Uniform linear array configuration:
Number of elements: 32
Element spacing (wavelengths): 0.5
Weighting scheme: blackman
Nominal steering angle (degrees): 0
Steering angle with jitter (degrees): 1.443
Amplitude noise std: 0.05
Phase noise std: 0.05

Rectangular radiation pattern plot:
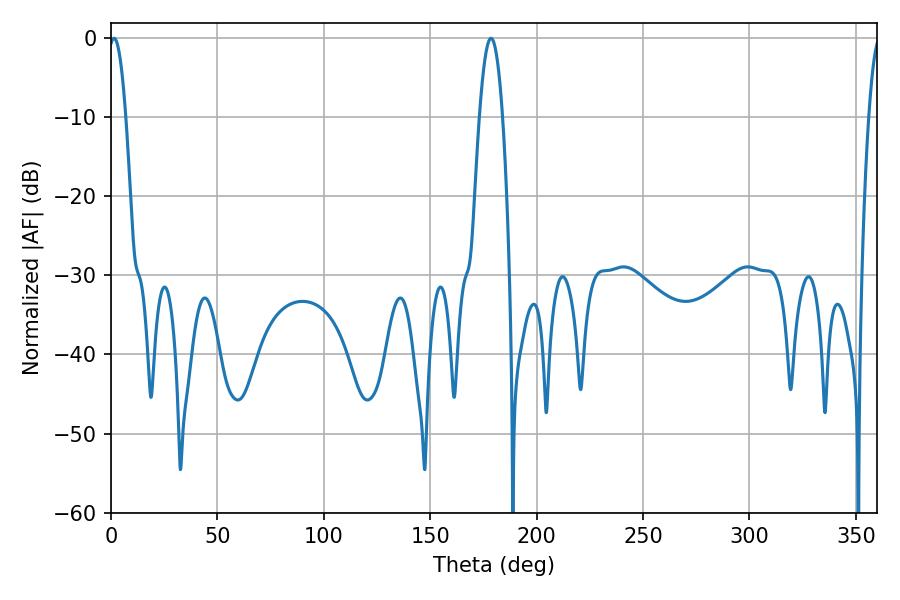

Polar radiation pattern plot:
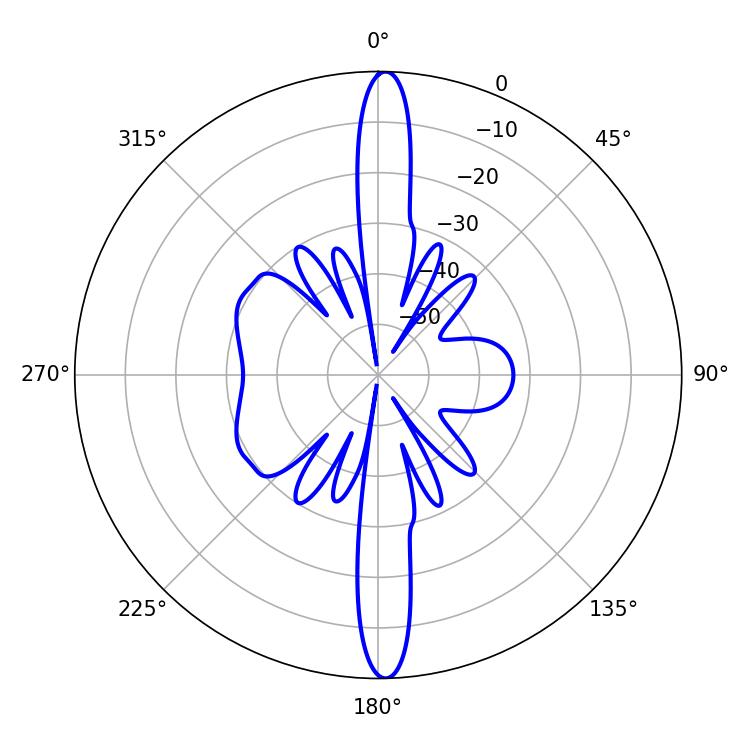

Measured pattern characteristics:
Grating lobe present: FALSE
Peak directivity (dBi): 26.189
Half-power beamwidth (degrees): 4.5
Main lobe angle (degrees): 1.44